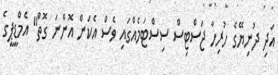
އަދި ދުނިޔޭގެ ހުރިހާ ޖަސްޓިސް ސިސްޓަމެއްގައި ވެސް އެކަން އޮންނަ ގޮތް" އެމްޑީޕީގެ